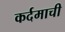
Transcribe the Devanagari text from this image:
कर्दमाची